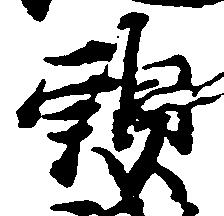
頭